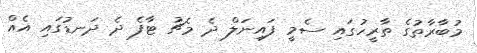
މުބާރާތުގެ ތާރީހުގައި ސެމީ ފައިނަލް ދެ މެޗު ޓާފެ ދެ ދަނޑުގައި އެއް